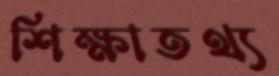
শিক্ষাতথ্য